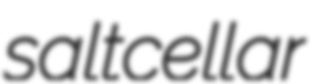
saltcellar